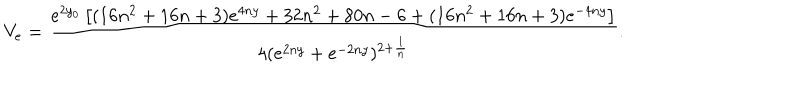
V _ { e } = \frac { e ^ { 2 y _ { 0 } } \left[ ( 1 6 n ^ { 2 } + 1 6 n + 3 ) e ^ { 4 n y } + 3 2 n ^ { 2 } + 8 0 n - 6 + ( 1 6 n ^ { 2 } + 1 6 n + 3 ) e ^ { - 4 n y } \right] } { 4 ( e ^ { 2 n y } + e ^ { - 2 n y } ) ^ { 2 + \frac { 1 } { n } } } .